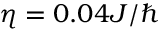
\eta = 0 . 0 4 J / \hbar